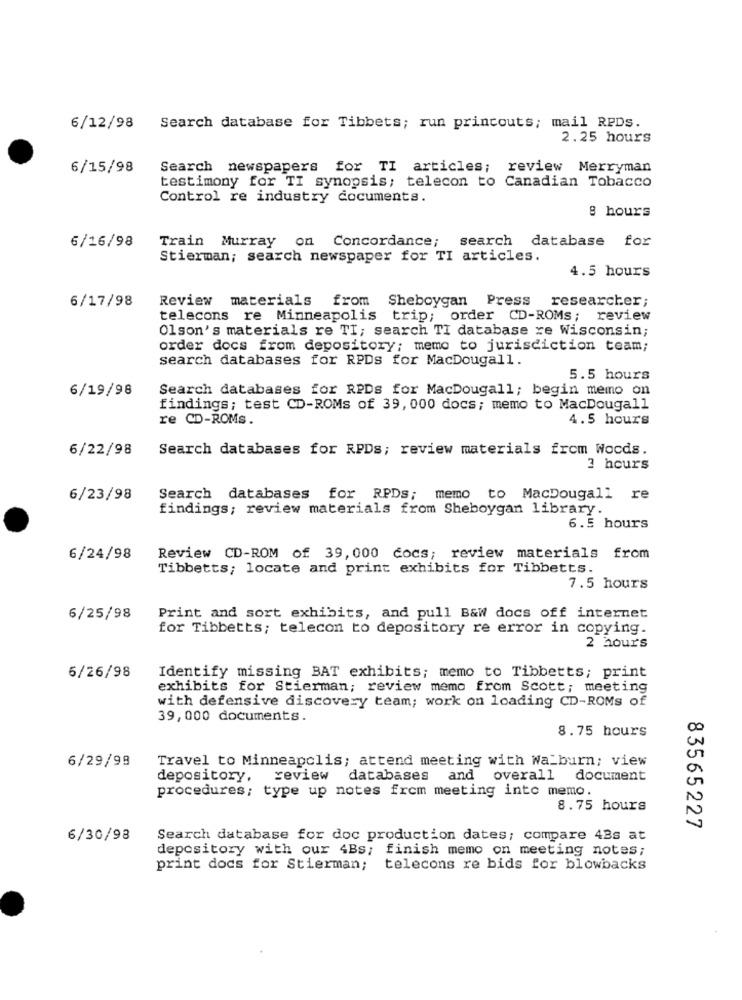
6/12/98
Search database for Tibbets; run princouts; mail RPDs.
2.25 hours
6/15/98
Search newspapers for TI articles; review Merryman
testimony for TI synopsis; telecon to Canadian Tobacco
Control re industry documents.
8 hours
6/16/98
Train Murray on Concordance; search database for
Stierman; search newspaper for TI articles.
4.5 hours
6/17/98
Review materials from Sheboygan Press researcher;
telecons re Minneapolis trip; order CD-ROMS; review
Olson's materials re TI; search TI database xe Wisconsin;
order docs from depository; memo to jurisdiction team;
search databases for RPDs for MacDougall.
5.5 hours
6/19/98
Search databases for RPDs for MacDougall; begin memo on
findings; test CD-ROMs of 39, 000 docs; memo to MacDougall
re CD-ROMs.
4.5 hours
6/22/98
Search databases for RPDs; review materials from Wocds.
3 hours
6/23/98
Search databases for RPDs; memo to MacDougall re
findings; review materials from Sheboygan library.
6.5 hours
6/24/98
Review CD-ROM of 39, 000 docs; review materials from
Tibbetts; locate and print exhibits for Tibbetts.
7.5 hours
6/25/98
Print and sort exhibits, and pull B&w docs off internet
for Tibbetts; telecon to depository re error in copying.
2 hours
5/26/98
Identify missing BAT exhibits; memo to Tibbetts; print
exhibits for Stierman; review memo from Scott; meeting
with defensive discovery team; work on loading CD-ROMs of
39,000 documents.
8.75 hours
00
6/29/99
Travel to Minneapolis; attend meeting with Wa_burn; view
0
depository,
review
databases
and overall
document
procedures; type up notes from meeting into memo.
8.75 hours
83565227
6/30/98
Search database for doc production dates; compare 43s at
depository with our 4Bs; finish memo on meeting notes;
print docs for Stierman; telecons re bids for blowbacks